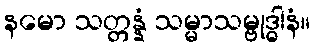
နမော သတ္တန္နံ သမ္မာသမ္ဗုဒ္ဓါနံ။